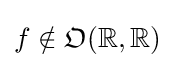
f\notin {\mathfrak {O}}(\mathbb {R} ,\mathbb {R} )